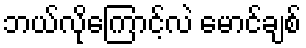
ဘယ်လိုကြောင့်လဲ မောင်ချစ်